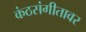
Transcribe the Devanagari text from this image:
कंठसंगीतावर